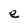
Character: e